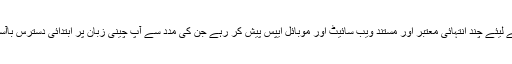
یہاں ہم آپ کی رہنمائی کے لیئے چند انتہائی معتبر اور مستند ویب سائیٹ اور موبائل ایپس پیش کر رہے جن کی مدد سے آپ چینی زبان پر ابتدائی دسترس باآسانی حاصل کر سکتے ہیں۔